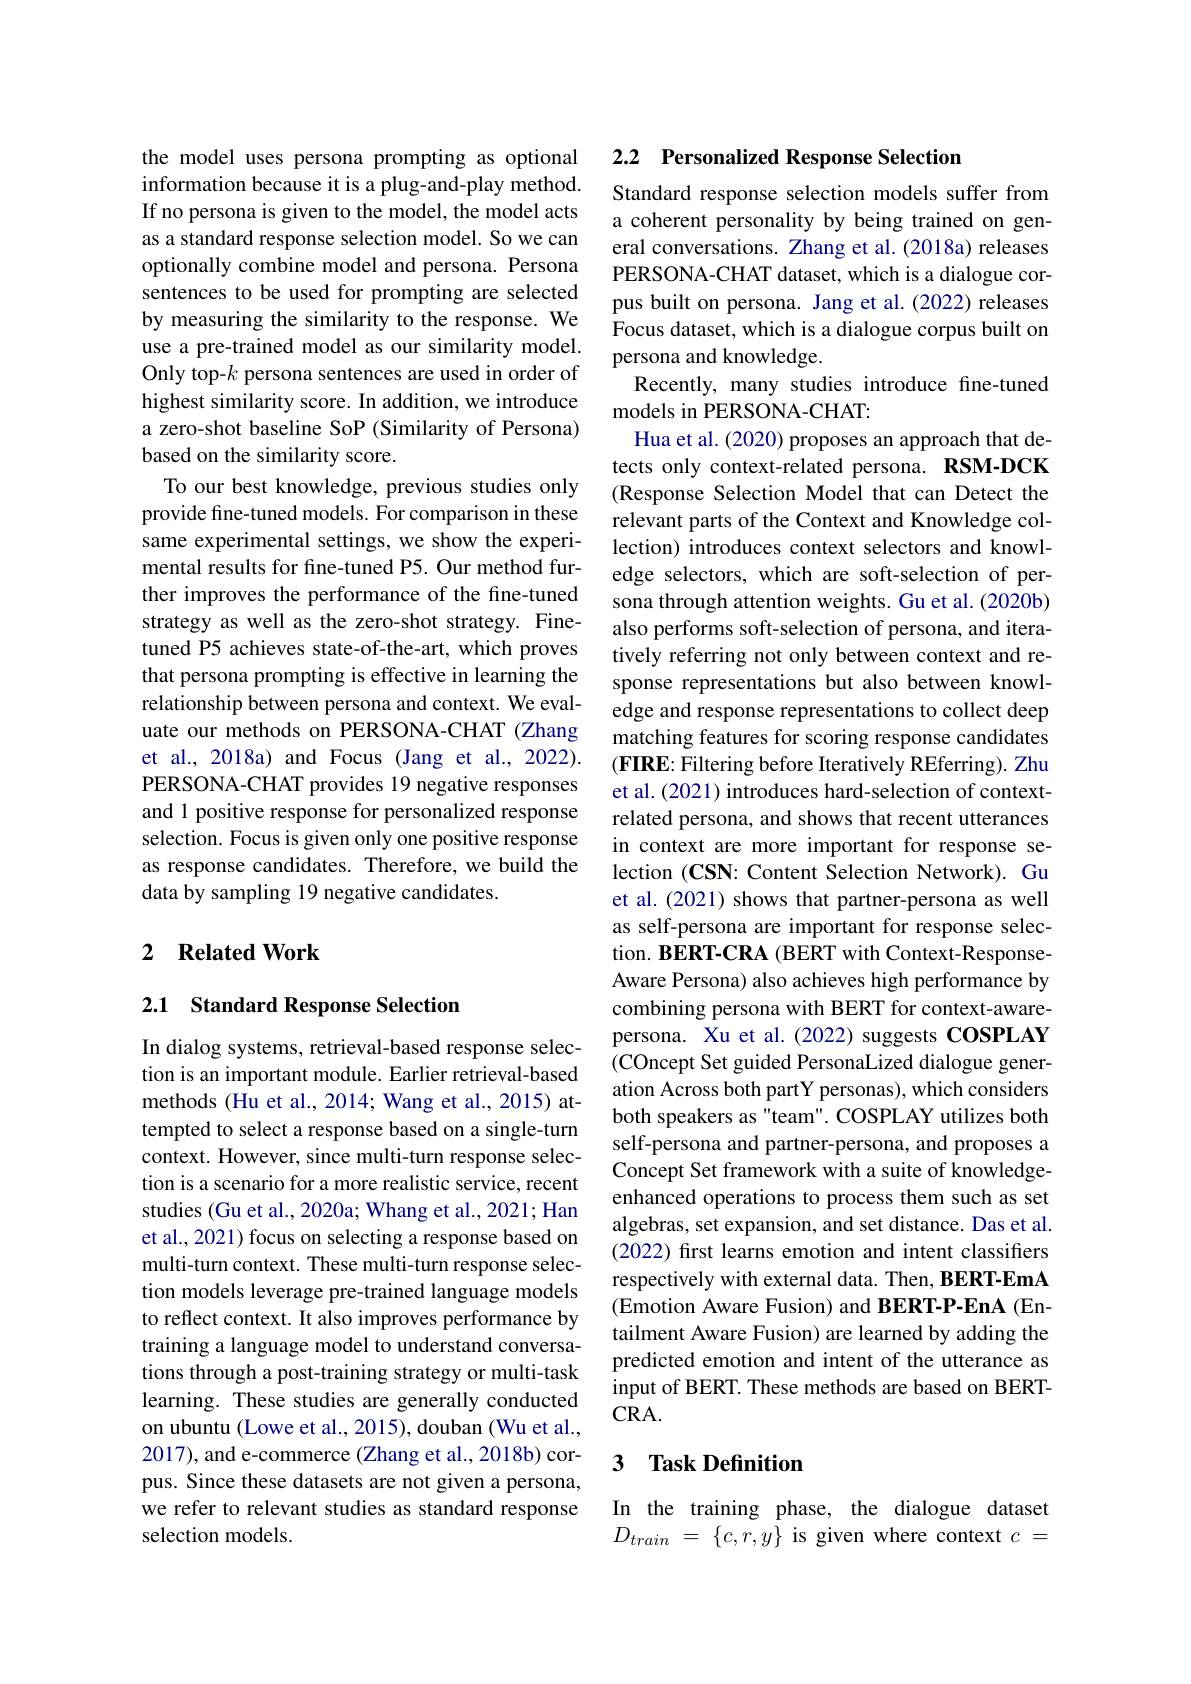
the model uses persona prompting as optional information because it is a plug-and-play method. If no persona is given to the model, the model acts as a standard response selection model. So we can optionally combine model and persona. Persona sentences to be used for prompting are selected by measuring the similarity to the response. We use a pre-trained model as our similarity model. Only top-$k$ persona sentences are used in order of highest similarity score. In addition, we introduce a zero-shot baseline SoP (Similarity of Persona) based on the similarity score.
To our best knowledge, previous studies only provide fine-tuned models. For comparison in these same experimental settings, we show the experimental results for fine-tuned P5. Our method further improves the performance of the fine-tuned strategy as well as the zero-shot strategy. Finetuned P5 achieves state-of-the-art, which proves that persona prompting is effective in learning the relationship between persona and context. We evaluate our methods on PERSONA-CHAT (Zhang et al., 2018a) and Focus (Jang et al., 2022). PERSONA-CHAT provides 19 negative responses and 1 positive response for personalized response selection. Focus is given only one positive response as response candidates. Therefore, we build the data by sampling 19 negative candidates.

## 2 $\textbf{Related Work}$

## 2.1 Standard Response Selection

In dialog systems, retrieval-based response selection is an important module. Earlier retrieval-based methods (Hu et al., 2014; Wang et al., 2015) attempted to select a response based on a single-turn context. However, since multi-turn response selection is a scenario for a more realistic service, recent studies (Gu et al., 2020a; Whang et al., 2021; Han et al., 2021) focus on selecting a response based on multi-turn context. These multi-turn response selection models leverage pre-trained language models to reflect context. It also improves performance by training a language model to understand conversations through a post-training strategy or multi-task learning. These studies are generally conducted on ubuntu (Lowe et al., 2015), douban (Wu et al., 2017), and e-commerce (Zhang et al., 2018b) corpus. Since these datasets are not given a persona, we refer to relevant studies as standard response selection models

## 2.2 Personalized Response Selection

Standard response selection models suffer from a coherent personality by being trained on general conversations. Zhang et al. (2018a) releases PERSONA-CHAT dataset, which is a dialogue corpus built on persona. Jang et al. (2022) releases Focus dataset, which is a dialogue corpus built on persona and knowledge.
Recently, many studies introduce fine-tuned
models in PERSONA-CHAT:
Hua et al. (2020) proposes an approach that detects only context-related persona. RSM-DCK (Response Selection Model that can Detect the relevant parts of the Context and Knowledge collection) introduces context selectors and knowledge selectors, which are soft-selection of persona through attention weights. Gu et al. (2020b) also performs soft-selection of persona, and iteratively referring not only between context and response representations but also between knowledge and response representations to collect deep matching features for scoring response candidates $(\mathbf{FIRE:~Filtering~before~Iteratively~REferring).~Zhu}$ et al. (2021) introduces hard-selection of contextrelated persona, and shows that recent utterances in context are more important for response selection (CSN: Content Selection Network). Gu et al. (2021) shows that partner-persona as well as self-persona are important for response selection. BERT-CRA (BERT with Context-ResponseAware Persona) also achieves high performance by combining persona with BERT for context-awarepersona. Xu et al.(2022) suggests COSPLAY (COncept Set guided PersonaLized dialogue generation Across both partY personas), which considers both speakers as "team". COSPLAY utilizes both self-persona and partner-persona, and proposes a Concept Set framework with a suite of knowledgeenhanced operations to process them such as set algebras, set expansion, and set distance. Das et al. (2022) first learns emotion and intent classifiers respectively with external data. Then, BERT-EmA (Emotion Aware Fusion) and BERT-P-EnA (Entailment Aware Fusion) are learned by adding the predicted emotion and intent of the utterance as input of BERT. These methods are based on BERT- $CRA.$

### 3 $\textbf{Task Definition}$

In the training phase, the dialogue dataset $D_{train}$ = $\{ c, r, y\}$ is given where context $c=$